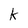
Character: k